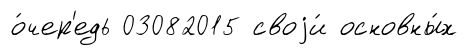
о́чер'едь 03082015 своjи́ основны́х